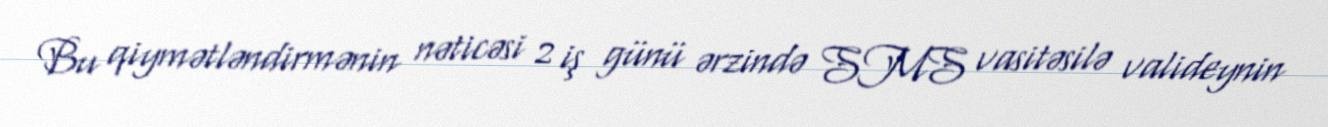
Bu qiymətləndirmənin nəticəsi 2 iş günü ərzində SMS vasitəsilə valideynin